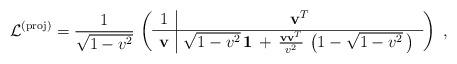
LaTeX: \begin{align*}\mathcal{L}^{\rm (proj)}= \frac{1}{\sqrt{1-v^2}}\, \left( \begin{array}{c|c} 1 & \mathbf{v}^T \\ \hline \mathbf{ v} & \sqrt{1-v^2} \, {\bf 1}\, + \, \frac{\mathbf{v} \mathbf{v}^T}{v^2}\, \left(1 -\sqrt{1-v^2} \,\right) \,\end{array}\right)~,\end{align*}